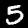
Label: 5